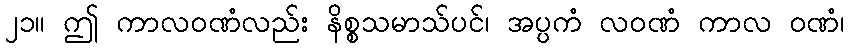
၂၁။ ဤ ကာလဝဏံလည်း နိစ္စသမာသ်ပင်၊ အပ္ပကံ လဝဏံ ကာလ ဝဏံ၊